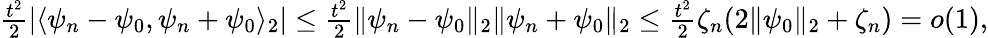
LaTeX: \begin{array}{r}{\frac{t^{2}}{2}\left|\langle\psi_{n}-\psi_{0},\psi_{n}+\psi_{0}\rangle_{2}\right|\leq\frac{t^{2}}{2}\| \psi_{n}-\psi_{0}\| _{2}\| \psi_{n}+\psi_{0}\| _{2}\leq\frac{t^{2}}{2}\zeta_{n}(2\| \psi_{0}\| _{2}+\zeta_{n})=o(1),}\end{array}